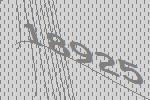
18925